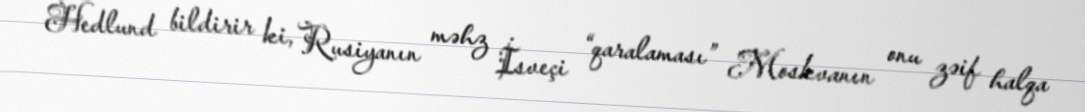
Hedlund bildirir ki, Rusiyanın məhz İsveçi “qaralaması” Moskvanın onu zəif halqa